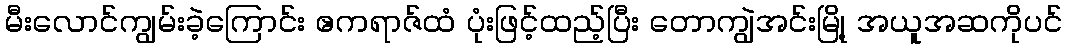
မီးလောင်ကျွမ်းခဲ့ကြောင်း ဧကရာဇ်ထံ ပုံးဖြင့်ထည့်ပြီး တောကျွဲအင်းမြို့ အယူအဆကိုပင်